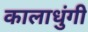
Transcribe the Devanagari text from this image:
कालाधुंगी